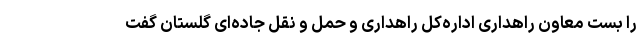
را بست معاون راهداری اداره‌کل راهداری و حمل و نقل جاده‌ای گلستان گفت